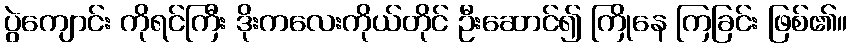
ပွဲကျောင်း ကိုရင်ကြီး ဒိုးကလေးကိုယ်တိုင် ဦးဆောင်၍ ကြိုနေ ကြခြင်း ဖြစ်၏။